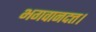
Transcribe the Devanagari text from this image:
भगवानदत्त।